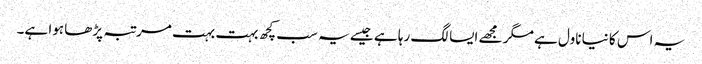
یہ اس کا نیا ناول ہے مگر مجھے ایسا لگ رہا ہے جیسے یہ سب کچھ بہت بہت مرتبہ پڑھا ہوا ہے۔